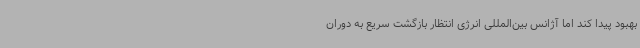
بهبود پیدا کند اما آژانس بین‌المللی انرژی انتظار بازگشت سریع به دوران